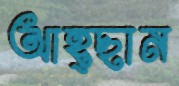
আহ্ছান